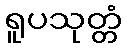
ရူပသုတ္တံ